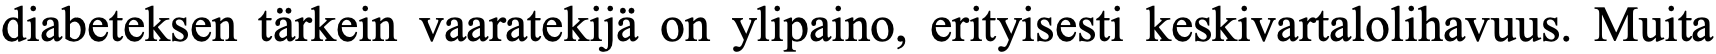
diabeteksen tärkein vaaratekijä on ylipaino, erityisesti keskivartalolihavuus. Muita